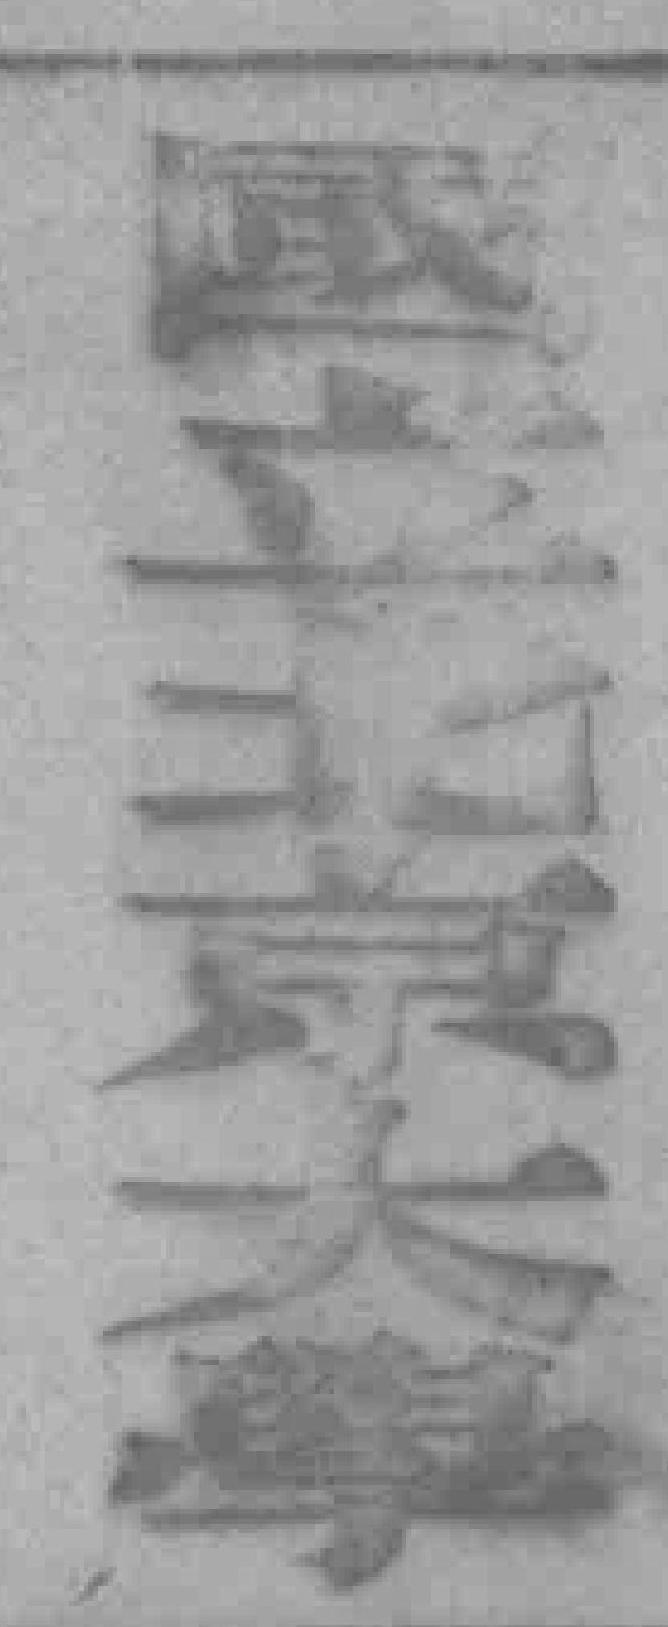
國立北京大學